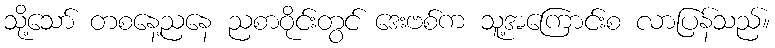
သို့သော် တစနေ့ညနေ ညစာဝိုင်းတွင် ဒေးဗစ်က သူ့အကြောင်းစ လာပြန်သည်။